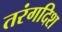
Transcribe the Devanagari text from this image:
तरंगदिश